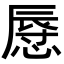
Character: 𢟲